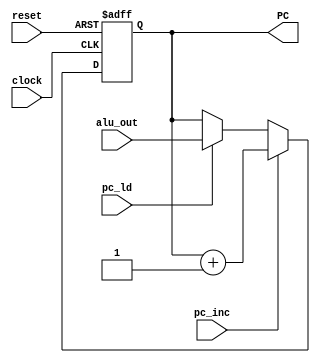
`timescale 1ns / 1ps
//////////////////////////////////////////////////////////////////////////////////
// 
// Module Name: pc_reg
// 
// Description: The Position Counter register contains the position of the
// instruction being used by the RISC processor.
// 
// 
//////////////////////////////////////////////////////////////////////////////////


module pc_reg(
    input clock,
    input reset,
    input pc_inc,
    input pc_ld,
    input [15:0] alu_out,
    output [15:0] PC
    );
    
    reg [15:0] data;
    
    always @ (posedge clock, posedge reset)
        begin
        if (reset)
            data <= 16'b0;
        else if (pc_inc)
            data <= data + 1;
        else if (pc_ld)
            data <= alu_out;
        else
            data <= data;
        end
        
    assign PC = data;
    
endmodule